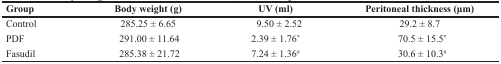
<table><thead><tr><td><b>Group</b></td><td><b>Body weight (g)</b></td><td><b>UV (ml)</b></td><td><b>Peritoneal thickness (μm)</b></td></tr></thead><tbody><tr><td>Control</td><td>285.25 ± 6.65</td><td>9.50 ± 2.52</td><td>29.2 ± 8.7</td></tr><tr><td>PDF</td><td>291.00 ± 11.64</td><td>2.39 ± 1.76<sup>*</sup></td><td>70.5 ± 15.5<sup>*</sup></td></tr><tr><td>Fasudil</td><td>285.38 ± 21.72</td><td>7.24 ± 1.36<sup>#</sup></td><td>30.6 ± 10.3<sup>#</sup></td></tr></tbody></table>